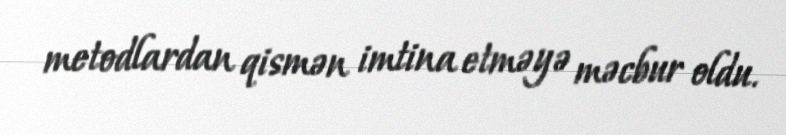
metodlardan qismən imtina etməyə məcbur oldu.